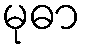
မုဓာ